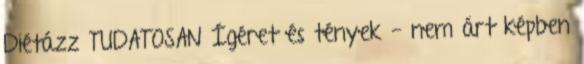
Diétázz TUDATOSAN Ígéret és tények - nem árt képben